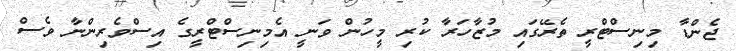
ޖެންޑާ މިނިސްޓްރީ ތެރޭގައި މުޒާހަރާ ކުރި މީހުން ވަނީ އެމިނިސްޓްރީގެ އިސްވެރިންނާ ވެސް